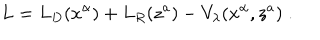
LaTeX: L = L _ { D } ( x ^ { \alpha } ) + L _ { R } ( z ^ { a } ) - V _ { \lambda } ( x ^ { \alpha } , z ^ { a } ) \; .